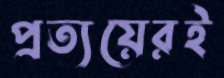
প্রত্যয়েরই